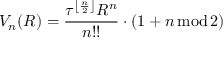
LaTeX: V _ { n } ( R ) = { \frac { \tau ^ { \left\lfloor { \frac { n } { 2 } } \right\rfloor } R ^ { n } } { n ! ! } } \cdot ( 1 + n \operatorname { m o d } 2 )